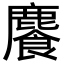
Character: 𩞇